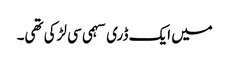
میں ایک ڈری سہمی سی لڑکی تھی۔